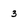
Character: 3